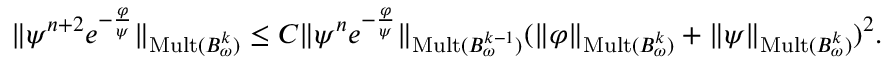
\| \psi ^ { n + 2 } e ^ { - \frac { \varphi } { \psi } } \| _ { \mathrm { M u l t } ( B _ { \omega } ^ { k } ) } \le C \| \psi ^ { n } e ^ { - \frac { \varphi } { \psi } } \| _ { \mathrm { M u l t } ( B _ { \omega } ^ { k - 1 } ) } ( \| \varphi \| _ { \mathrm { M u l t } ( B _ { \omega } ^ { k } ) } + \| \psi \| _ { \mathrm { M u l t } ( B _ { \omega } ^ { k } ) } ) ^ { 2 } .